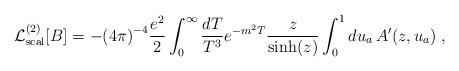
LaTeX: \begin{align*}{\cal L}^{(2)}_{\rm scal}[B]=-{(4\pi )}^{-4}{e^2\over 2}\int_{0}^{\infty}{dT\over T^3}e^{-m^2T}{z\over \sinh(z)}\int_0^1 du_a\,A'(z,u_a)\; ,\end{align*}